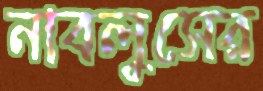
নাবলুসের